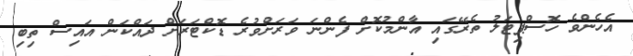
އެހެންވެ ހޮސްޕިޓަލު ތެރޭގައި އާންމުކޮށް ފެންނަ ވަރަށްވުރެ ޑޮކްޓަރަށް ދައްކަން އައިސް ތިބި